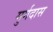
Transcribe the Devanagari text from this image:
मुर्गदास